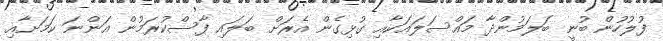
ފުލުހުން ބުނީ ބަލަމުންދާ މައްސަލައަކާއި ގުޅިގެން އެރަށް ބަލައި ފާސްކުރަމުން އަންނަ ކަމަށާއި